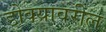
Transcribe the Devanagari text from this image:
डोक्‍यावरील